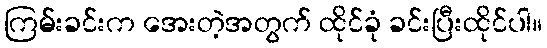
ကြမ်းခင်းက အေးတဲ့အတွက် ထိုင်ခုံ ခင်းပြီးထိုင်ပါ။